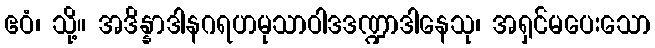
ဧဝံ၊ သို့။ အဒိန္နာဒါနဂရဟမုသာဝါဒဒဏ္ဍာဒါနေသု၊ အရှင်မပေးသော